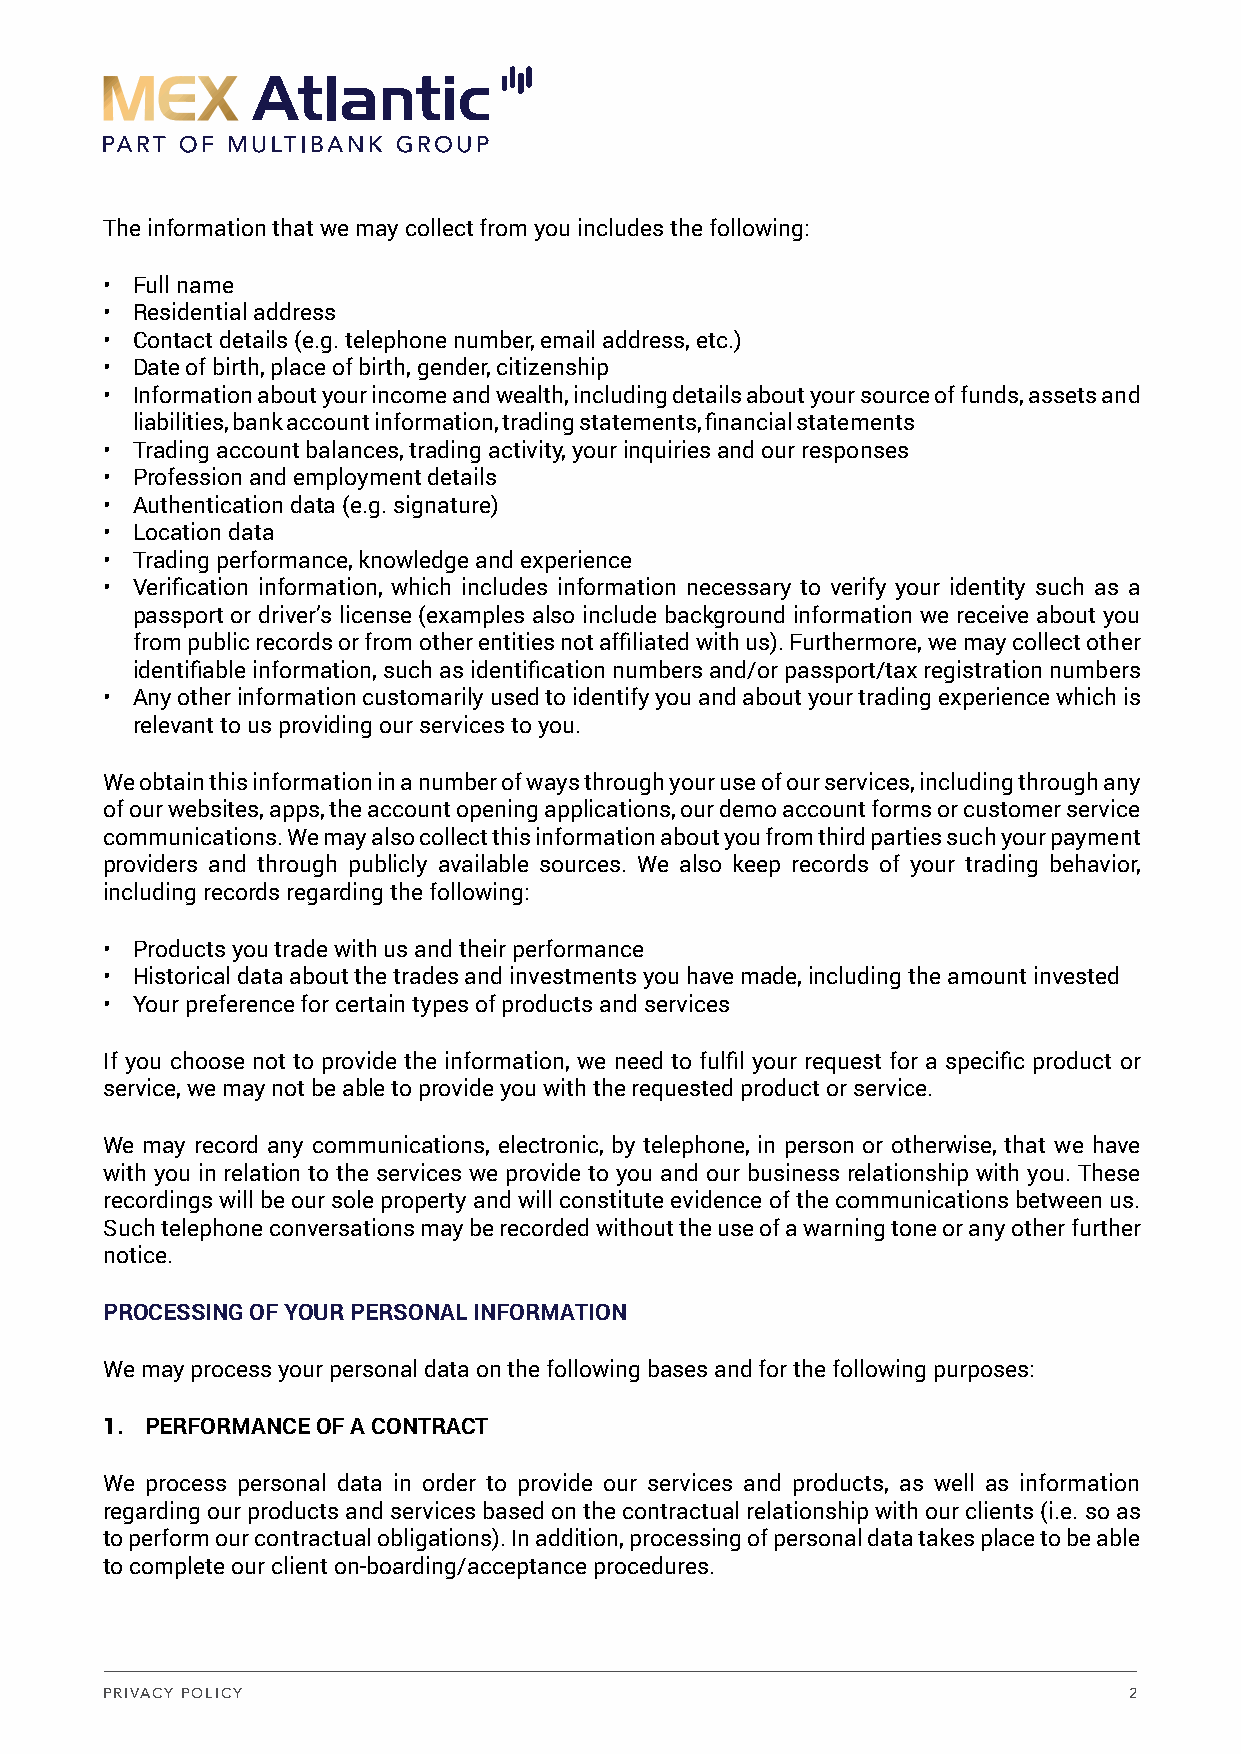
The information that we may collect from you includes the following:
 • Full name
 • Residential address
 • Contact details (e.g. telephone number, email address, etc.)
 • Date of birth, place of birth, gender, citizenship
 • Information about your income and wealth, including details about your source of funds, assets and
 liabilities, bank account information, trading statements, financial statements
 • Trading account balances, trading activity, your inquiries and our responses
 • Profession and employment details
 • Authentication data (e.g. signature)
 • Location data
 • Trading performance, knowledge and experience
 • Verification information, which includes information necessary to verify your identity such as a
 passport or driver’s license (examples also include background information we receive about you
 from public records or from other entities not affiliated with us). Furthermore, we may collect other
 identifiable information, such as identification numbers and/or passport/tax registration numbers
 • Any other information customarily used to identify you and about your trading experience which is
 relevant to us providing our services to you.
 We obtain this information in a number of ways through your use of our services, including through any
 of our websites, apps, the account opening applications, our demo account forms or customer service
 communications. We may also collect this information about you from third parties such your payment
 providers and through publicly available sources. We also keep records of your trading behavior,
 including records regarding the following:
 • Products you trade with us and their performance
 • Historical data about the trades and investments you have made, including the amount invested
 • Your preference for certain types of products and services
 If you choose not to provide the information, we need to fulfil your request for a specific product or
 service, we may not be able to provide you with the requested product or service.
 We may record any communications, electronic, by telephone, in person or otherwise, that we have
 with you in relation to the services we provide to you and our business relationship with you. These
 recordings will be our sole property and will constitute evidence of the communications between us.
 Such telephone conversations may be recorded without the use of a warning tone or any other further
 notice.
 PROCESSING OF YOUR PERSONAL INFORMATION
 We may process your personal data on the following bases and for the following purposes:
 1. PERFORMANCE OF A CONTRACT
 We process personal data in order to provide our services and products, as well as information
 regarding our products and services based on the contractual relationship with our clients (i.e. so as
 to perform our contractual obligations). In addition, processing of personal data takes place to be able
 to complete our client on-boarding/acceptance procedures.
 PRIVACY POLICY                                                      2